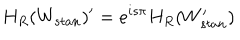
H _ { R } ( W _ { s t a n } ) ^ { \prime } = e ^ { i s \pi } H _ { R } ( W _ { s t a n } ^ { \prime } )